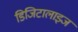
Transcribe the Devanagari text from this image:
डिजिटालाइज